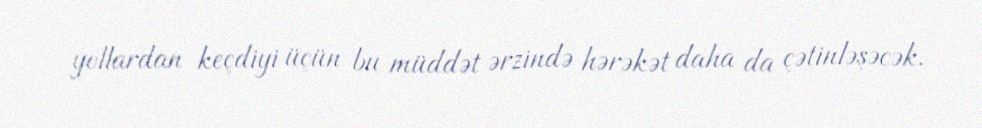
yollardan keçdiyi üçün bu müddət ərzində hərəkət daha da çətinləşəcək.